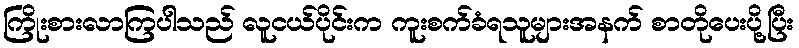
ကြိုးစားလာကြပါသည် လူငယ်ပိုင်းက ကူးစက်ခံရသူများအနက် စာတိုပေးပို့ပြီး